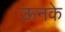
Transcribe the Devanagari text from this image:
ऊनके